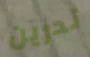
تدرين